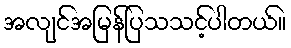
အလျင်အမြန်ပြသသင့်ပါတယ်။